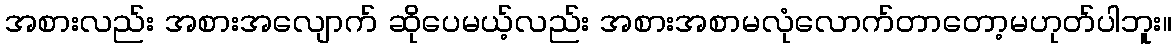
အစားလည်း အစားအလျောက် ဆိုပေမယ့်လည်း အစားအစာမလုံလောက်တာတော့မဟုတ်ပါဘူး။